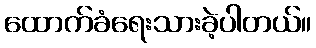
ထောက်ခံရေးသားခဲ့ပါတယ်။